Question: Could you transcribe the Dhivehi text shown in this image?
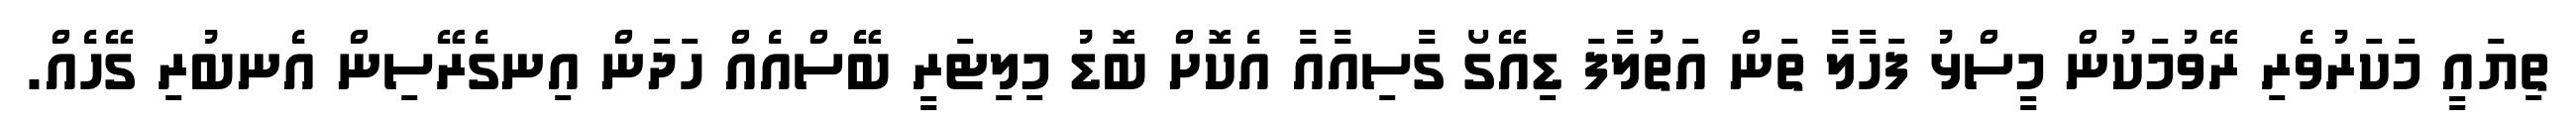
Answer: ތިޔައީ މަކަރުވެރި ރޭވުމަކުން މީސްޅު ފަހާލާ ތަން އަތުލާފަ ޑިއޭގޯ ގާސިއާއާ އެކޮށް ބޮޑު މިލިޓަރީ ބޭސްއެއް ހަދަން އިނގެރޭސިން އެނބުރި ގޭހެއް.